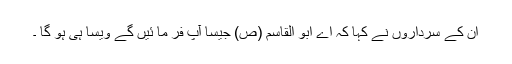
ان کے سرداروں نے کہا کہ اے ابو القاسم (ص) جیسا آپ فر ما ئیں گے ویسا ہی ہو گا ۔